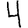
Digit: 4